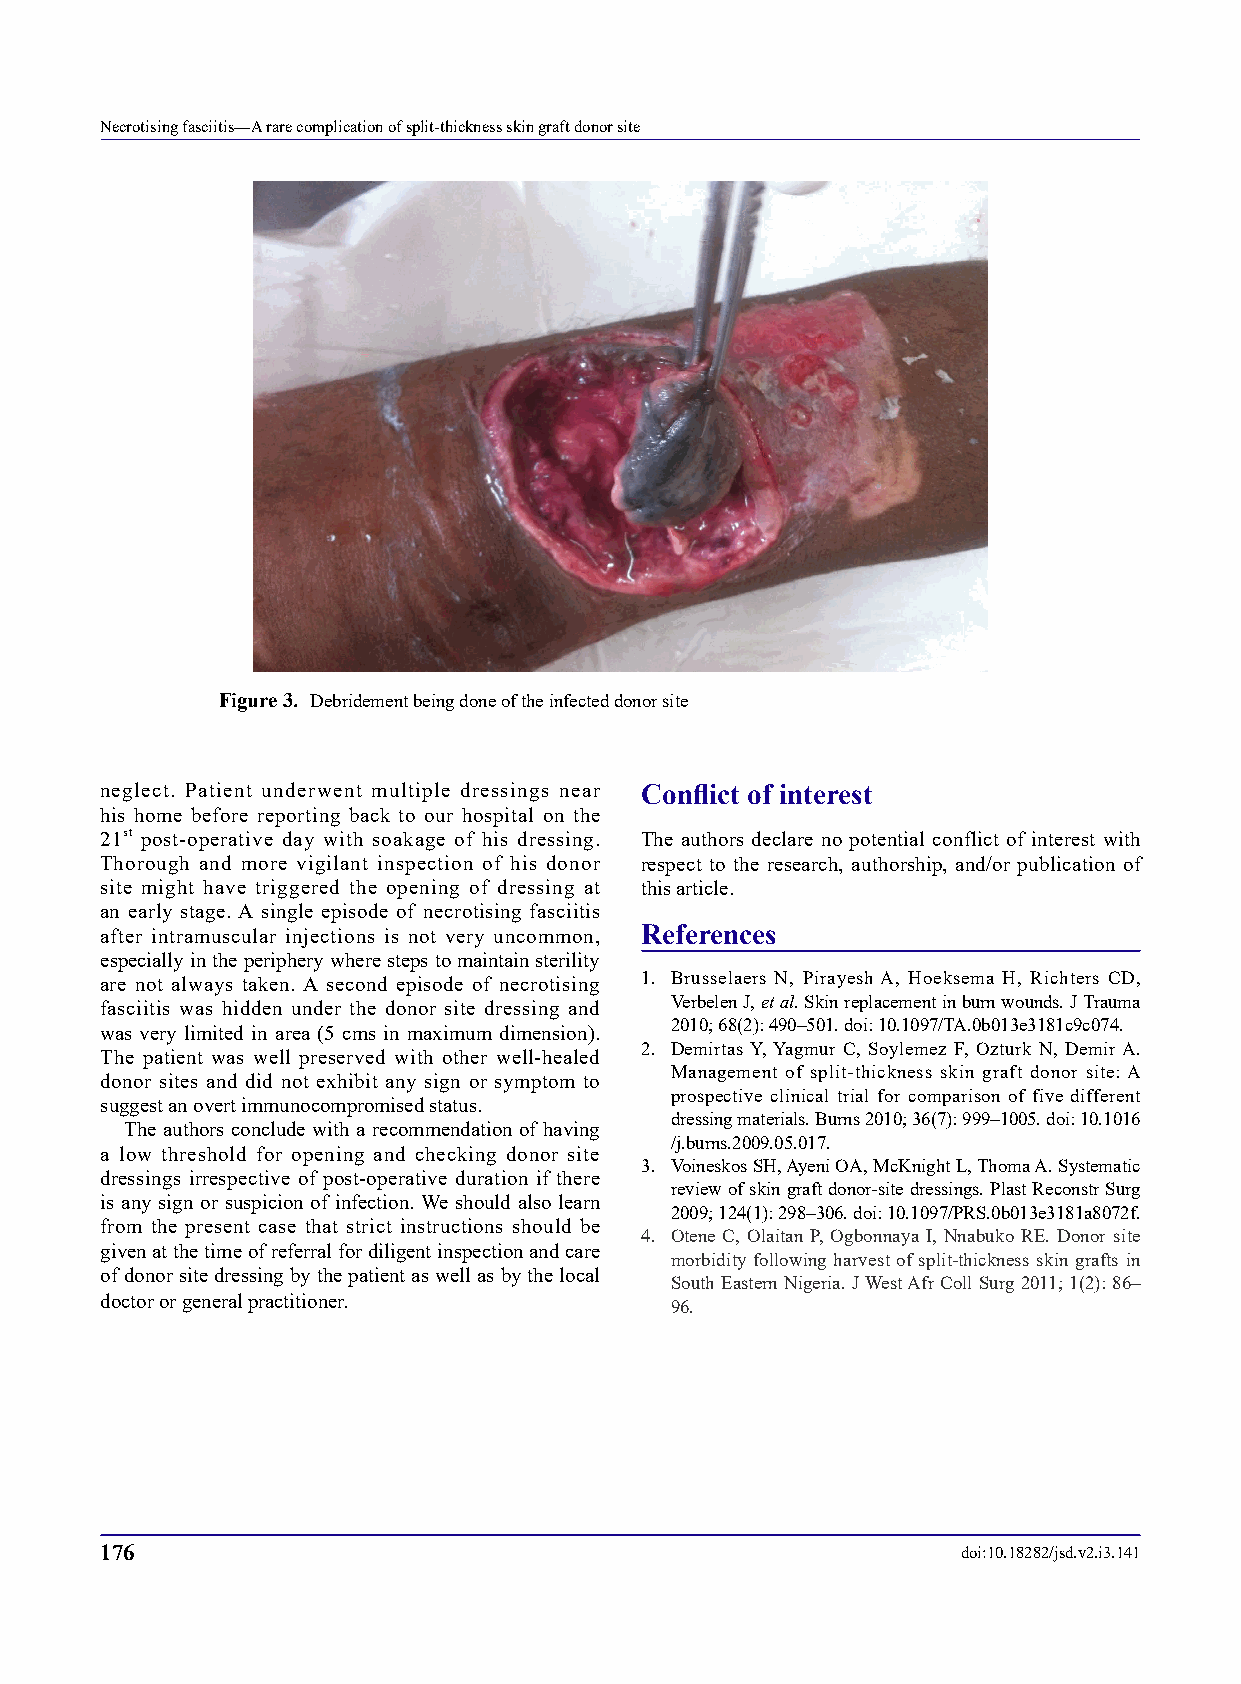
Necrotising fasciitis—A rare complication of split-thickness skin graft donor site
 Figure 3. Debridement being done of the infected donor site
 neglect. Patient underwent multiple dressings near Conflict of interest
 his home before reporting back to our hospital on the
 21st post-operative day with soakage of his dressing. The authors declare no potential conflict of interest with
 Thorough and more vigilant inspection of his donor respect to the research, authorship, and/or publication of
 site might have triggered the opening of dressing at this article.
 an early stage. A single episode of necrotising fasciitis
 after intramuscular injections is not very uncommon, References
 especially in the periphery where steps to maintain sterility
 are not always taken. A second episode of necrotising 1. Brusselaers N, Pirayesh A, Hoeksema H, Richters CD,
 fasciitis was hidden under the donor site dressing and Verbelen J, et al. Skin replacement in burn wounds. J Trauma
 2010; 68(2): 490–501. doi: 10.1097/TA.0b013e3181c9c074.
 was very limited in area (5 cms in maximum dimension).
 2. Demirtas Y, Yagmur C, Soylemez F, Ozturk N, Demir A.
 The patient was well preserved with other well-healed
 Management of split-thickness skin graft donor site: A
 donor sites and did not exhibit any sign or symptom to
 prospective clinical trial for comparison of five different
 suggest an overt immunocompromised status.
 dressing materials. Burns 2010; 36(7): 999–1005. doi: 10.1016
 The authors conclude with a recommendation of having
 /j.burns.2009.05.017.
 a low threshold for opening and checking donor site
 3. Voineskos SH, Ayeni OA, McKnight L, Thoma A. Systematic
 dressings irrespective of post-operative duration if there
 review of skin graft donor-site dressings. Plast Reconstr Surg
 is any sign or suspicion of infection. We should also learn
 2009; 124(1): 298–306. doi: 10.1097/PRS.0b013e3181a8072f.
 from the present case that strict instructions should be
 4. Otene C, Olaitan P, Ogbonnaya I, Nnabuko RE. Donor site
 given at the time of referral for diligent inspection and care
 morbidity following harvest of split-thickness skin grafts in
 of donor site dressing by the patient as well as by the local
 South Eastern Nigeria. J West Afr Coll Surg 2011; 1(2): 86–
 doctor or general practitioner.      96.
 176                                                      doi:10.18282/jsd.v2.i3.141